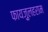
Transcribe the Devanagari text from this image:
फायज़ुलहराम